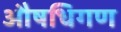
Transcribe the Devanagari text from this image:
औषधिगण